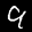
Label: 9